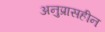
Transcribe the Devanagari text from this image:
अनुप्रासहीन